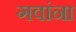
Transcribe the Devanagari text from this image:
गवांना